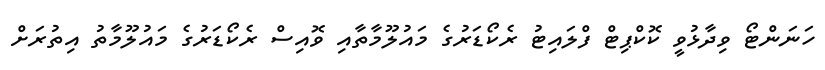
ހަނަންޓޯ ވިދާޅުވީ ކޮކްޕިޓް ފްލައިޓު ރެކޯޑަރުގެ މައުލޫމާތާއި ވޮއިސް ރެކޯޑަރުގެ މައުލޫމާތު އިތުރަށް